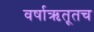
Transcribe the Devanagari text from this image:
वर्षाऋतूतच